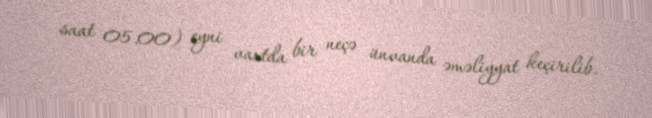
saat 05.00) eyni vaxtda bir neçə ünvanda əməliyyat keçirilib.